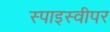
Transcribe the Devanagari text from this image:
स्पाइस्वीपर